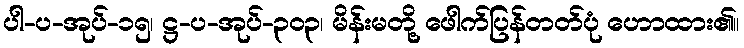
ပါ-ပ-အုပ်-၁၅၊ ဋ္ဌ-ပ-အုပ်-၃၀၃၊ မိန်းမတို့ ဖေါက်ပြန်တတ်ပုံ ဟောထား၏။